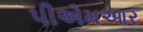
પીએમઆર